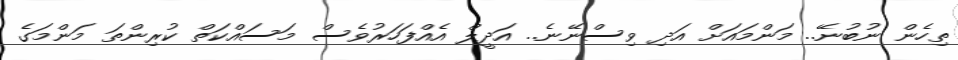
ތިހެން ނުބުނޭ.. މަންމައަށް އަދި ވިސްނޭނެ.. އަދީލް އެއްފަހަރުވެސް މަސައްކަތް ކުރިންތަ މަންމަގެ